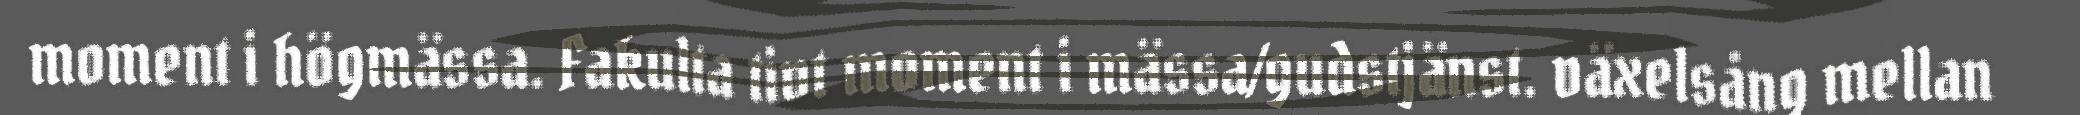
moment i högmässa. Fakulta tivt moment i mässa/gudstjänst. växelsång mellan